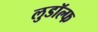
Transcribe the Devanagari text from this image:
लुडॉल्फ